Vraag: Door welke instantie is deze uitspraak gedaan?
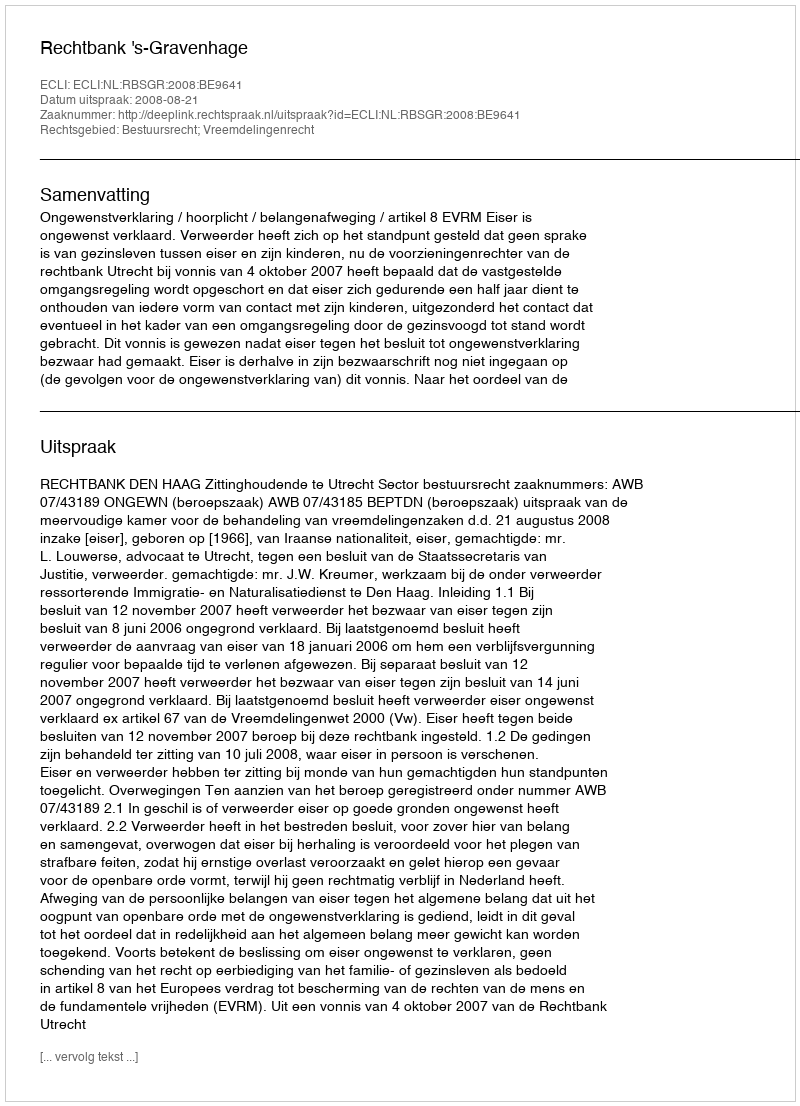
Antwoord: Rechtbank 's-Gravenhage